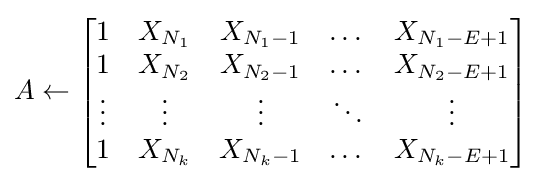
A\gets {\begin{bmatrix}1&X_{N_{1}}&X_{N_{1}-1}&\dots &X_{N_{1}-E+1}\\1&X_{N_{2}}&X_{N_{2}-1}&\dots &X_{N_{2}-E+1}\\\vdots &\vdots &\vdots &\ddots &\vdots \\1&X_{N_{k}}&X_{N_{k}-1}&\dots &X_{N_{k}-E+1}\end{bmatrix}}